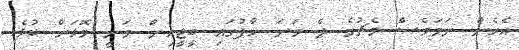
އެހެން ނަމަވެސް މެޗުގެ ދެ ވަނަ ހާފުގައި ބީޖީއިން ވަނީ މޮޅަށް ކުޅެ